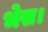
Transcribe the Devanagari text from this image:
भेस।